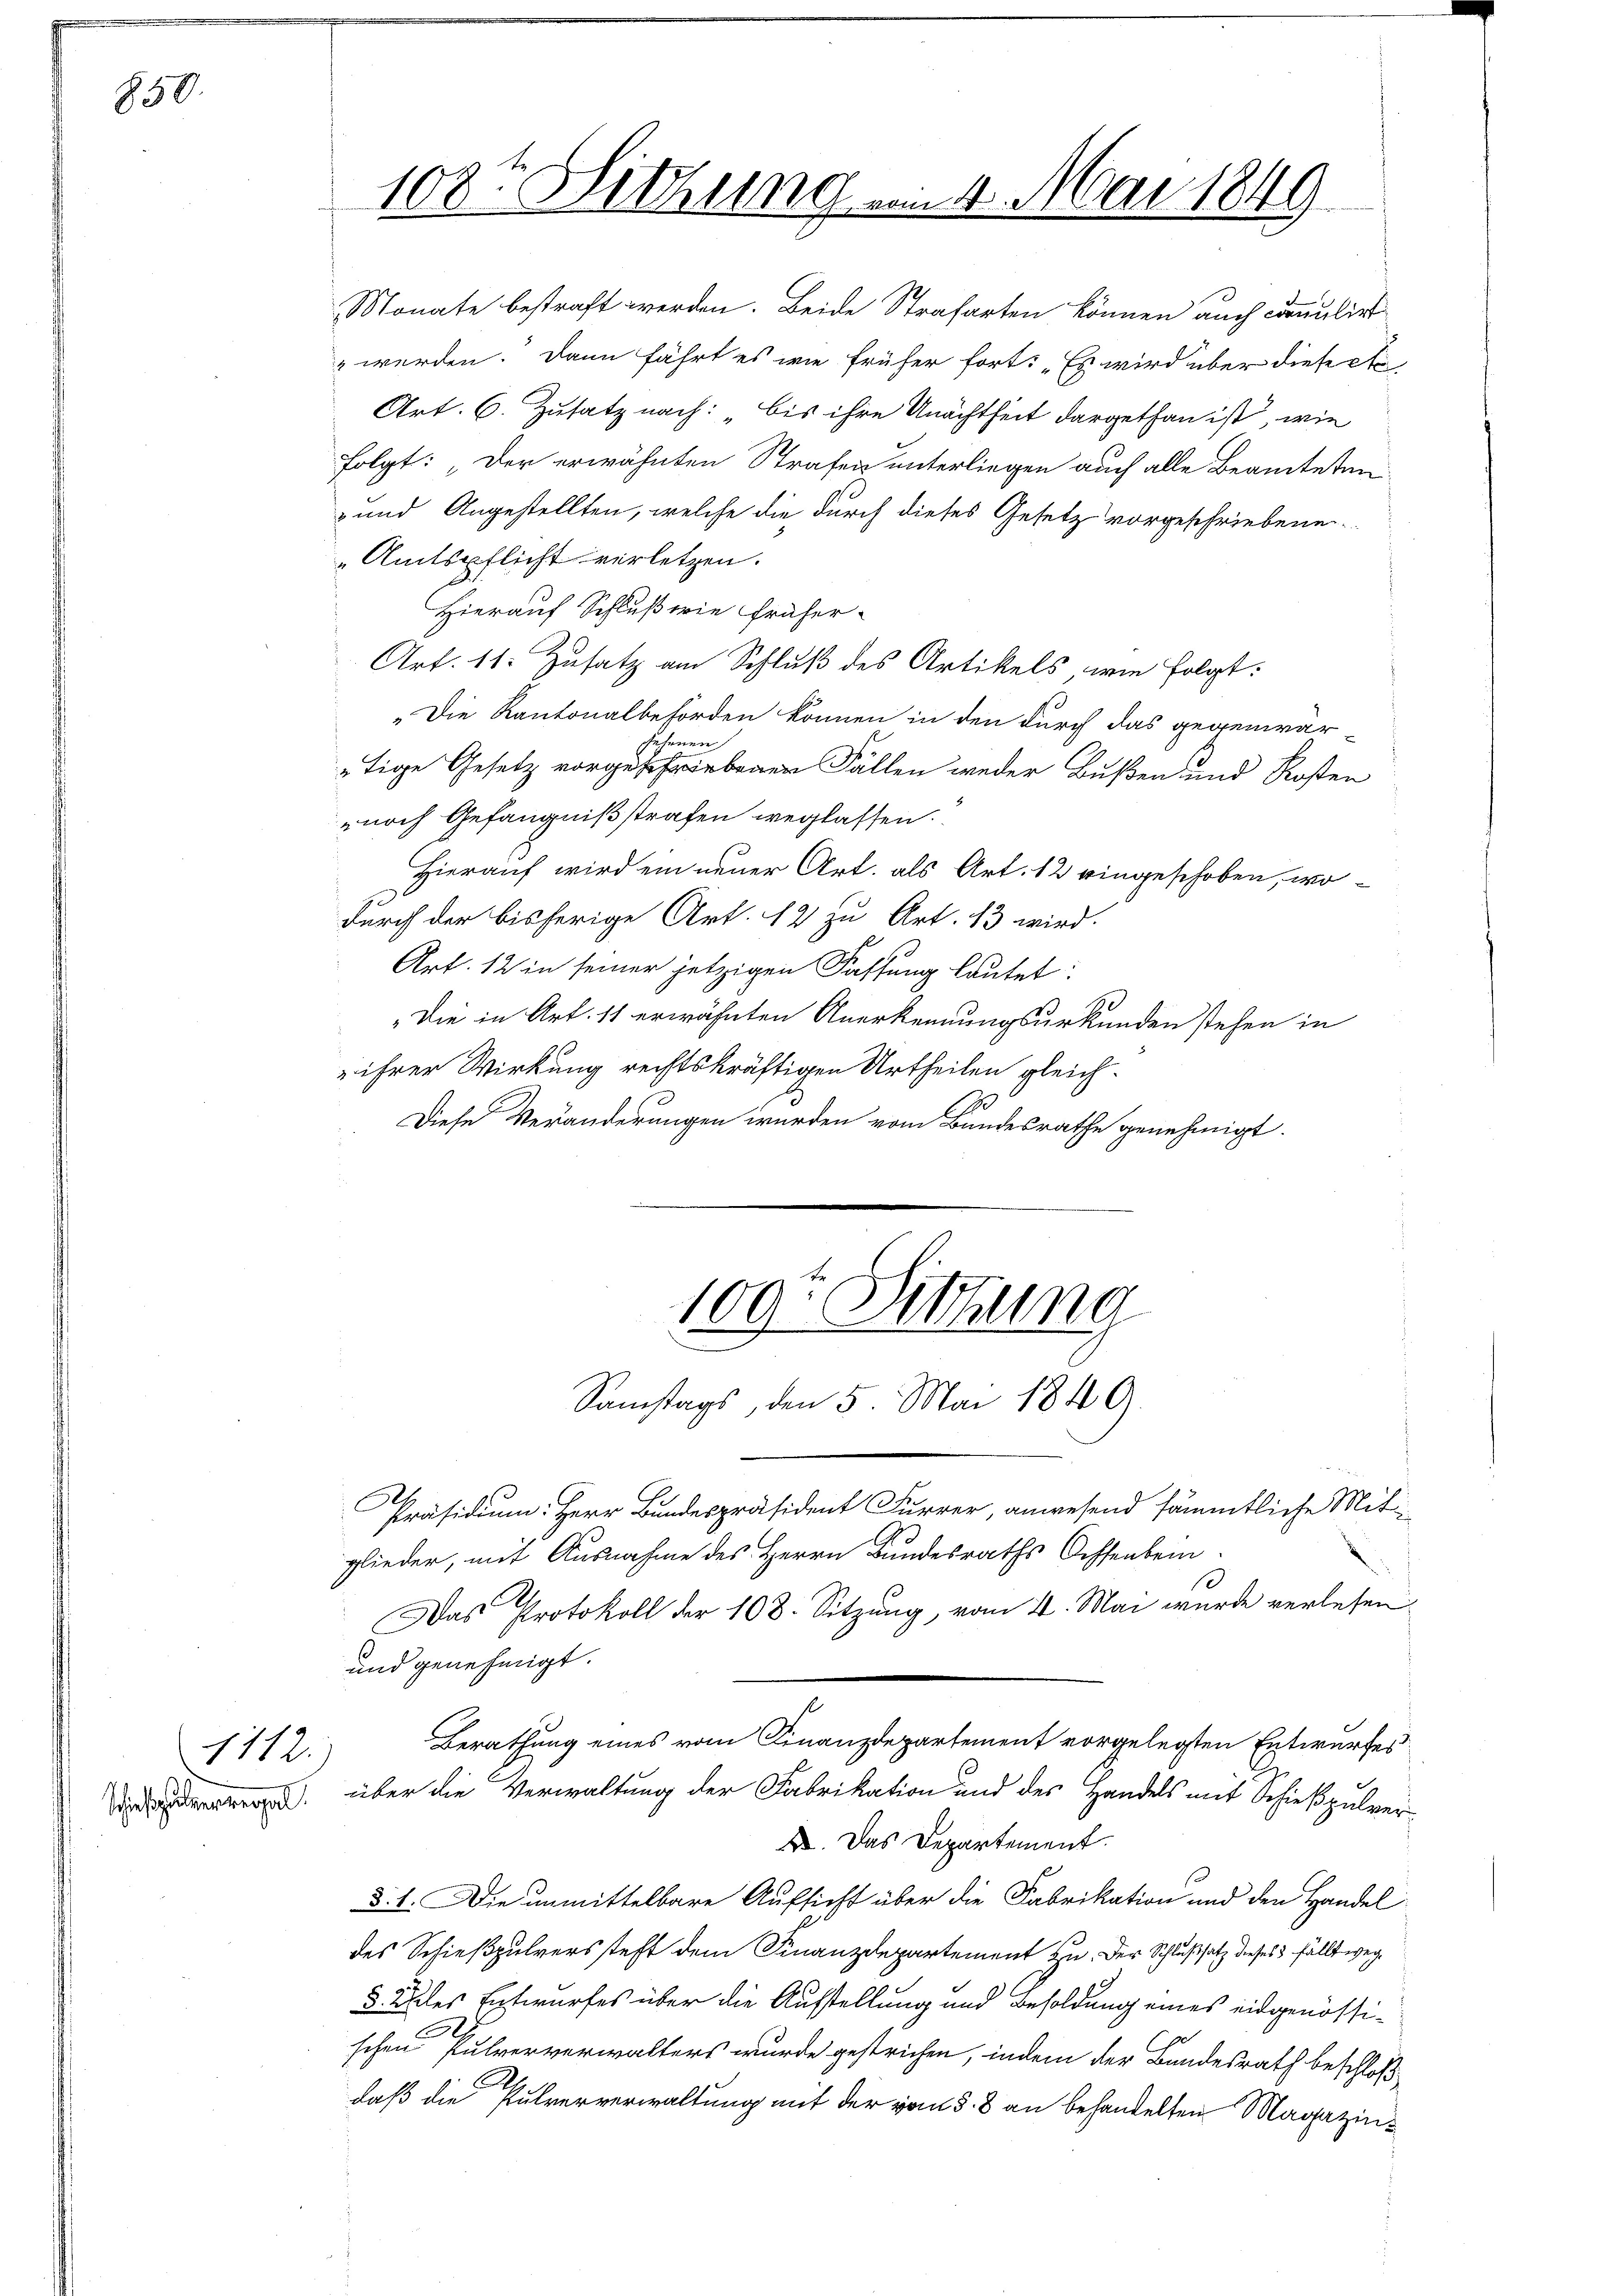
850.

Schießpulverregal.

1112.

Monate bestraft werden. Beide Strafarten können auch commulirt
 werden. Dann fährt es wie früher fort: „Es wird über diese Ac
Art. 6. Zusatz nach: bis ihre Unachtheit dargethan ist, wie
folgt: „Der erwähnten Strafen unterliegen auch alle Beamteten
- und Angestellten, welche die durch dieses Gesetz vorgeschriebene
„Amtspflicht verletzen.
Hierauf Schluß wie früher-
Art. 11. Zusatz am Schluß des Artikels wie folgt:
„Die Kantonalbehörden können in den durch das gegenwär-
sehenen
tige Gesetz vorgeschriebenen Fällen weder Bußen und Kosten
noch Gefängnißstrafen weglassen.
Hierauf wird ein neuer Art. als Art. 12 eingeschoben, wo-
durch der bisherige Art. 12 zu Art. 13 wird.
Art. 12 in seiner jetzigen Fassung lautet:
„Die in Art. 11 erwähnten Anerkennungsurkunden stehen in
 ihrer Wirkung rechtskräftigen Urtheilen gleich-
6
Diese Veränderungen wurden vom Bundesrathe genehmigt.

108. Sitzung u. 4. Mai 1849

109. Sitzung
Samstags, den 5. Mai 1840.

Präsidium. Herr Bundespräsident Furrer, anwesend sämmtliche Mit-
glieder, mit Ausnahme des Herrn Bundesraths Ochsenbein
Das Protokoll der 108. Sitzung, vom 4. Mai wurde verlesen
und genehmigt.
Berathung eines vom Finanzdepartement vorgelegten Entwurfes
über die Verwaltung der Fabrikation und des Handels mit Schießpulver¬
I. Das Departement.
d. 1. Die unmittelbare Aufsicht über die Fabrikation und den Handel
des Schießpulverssteht dem Finanzdepartement zu. Der Schlußsatz dieses fällt weg¬
5. Alles Entwurfes über die Aufstellung und Besoldung eines eidgenössischen Pulververwalters wurde gestrichen, indem der Bundesrath beschloßdaß die Pulververwaltung mit der von §. 8 an behandelten Magazin¬